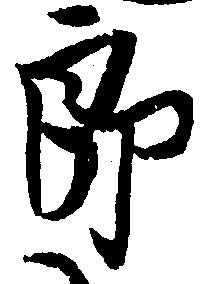
郎